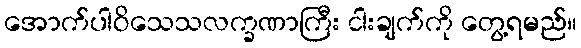
အောက်ပါဝိသေသလက္ခဏာကြီး ငါးချက်ကို တွေ့ရမည်။